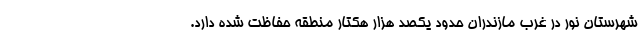
شهرستان نور در غرب مازندران حدود یکصد هزار هکتار منطقه حفاظت شده دارد.